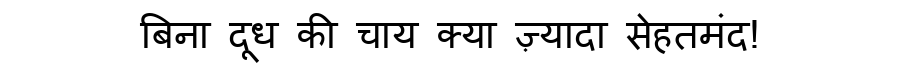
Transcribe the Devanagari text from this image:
बिना दूध की चाय क्या ज़्यादा सेहतमंद!